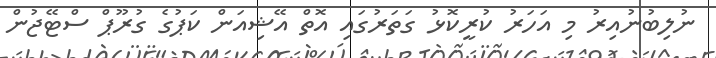
ނުލިބުނުއިރު މި އަހަރު ކުރީކޮޅު ގަތަރުގައި އޮތް އޭޝިއަން ކަޕުގެ ގުރޫޕް ސްޓޭޖުން